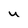
Character: y